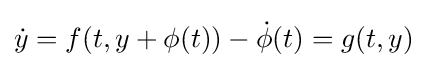
{\dot {y}}=f(t,y+\phi (t))-{\dot {\phi }}(t)=g(t,y)